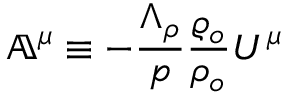
\mathbb { A } ^ { \mu } \equiv - \frac { \Lambda _ { \rho } } { p } \frac { \varrho _ { o } } { \rho _ { o } } U ^ { \mu }